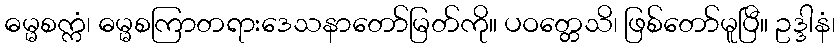
ဓမ္မစက္ကံ၊ ဓမ္မစကြာတရားဒေသနာတော်မြတ်ကို။ ပဝတ္တေသိ၊ ဖြစ်တော်မူပြီ။ ဥဒ္ဒါနံ၊